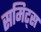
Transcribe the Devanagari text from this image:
समिट्स